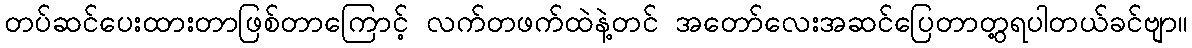
တပ်ဆင်ပေးထားတာဖြစ်တာကြောင့် လက်တဖက်ထဲနဲ့တင် အတော်လေးအဆင်ပြေတာတွ့ရပါတယ်ခင်ဗျာ။